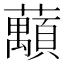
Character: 𱿂